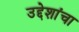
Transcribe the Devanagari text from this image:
उद्देशांचा